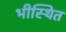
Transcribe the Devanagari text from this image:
भीस्थित